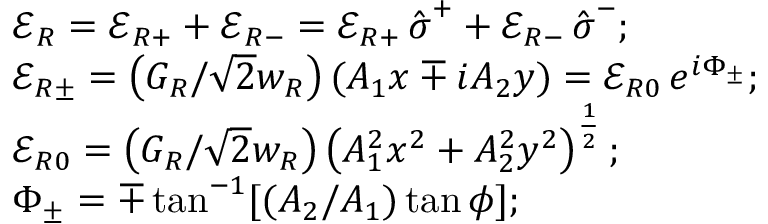
\begin{array} { r l r } & { \boldsymbol { \mathcal { E } } _ { R } = \boldsymbol { \mathcal { E } } _ { R + } + \boldsymbol { \mathcal { E } } _ { R - } = \mathcal { E } _ { R + } \, \hat { \boldsymbol { \sigma } } ^ { + } + \mathcal { E } _ { R - } \, \hat { \boldsymbol { \sigma } } ^ { - } ; } & \\ & { \mathcal { E } _ { R \pm } = \left( G _ { R } / \sqrt { 2 } w _ { R } \right) ( A _ { 1 } x \mp i A _ { 2 } y ) = \mathcal { E } _ { R 0 } \, e ^ { i \Phi _ { \pm } } ; } & \\ & { \mathcal { E } _ { R 0 } = \left( G _ { R } / \sqrt { 2 } w _ { R } \right) \left( A _ { 1 } ^ { 2 } x ^ { 2 } + A _ { 2 } ^ { 2 } y ^ { 2 } \right) ^ { \frac { 1 } { 2 } } ; } & \\ & { \Phi _ { \pm } = \mp \tan ^ { - 1 } [ ( A _ { 2 } / A _ { 1 } ) \tan \phi ] ; } & \end{array}